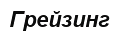
Грейзинг